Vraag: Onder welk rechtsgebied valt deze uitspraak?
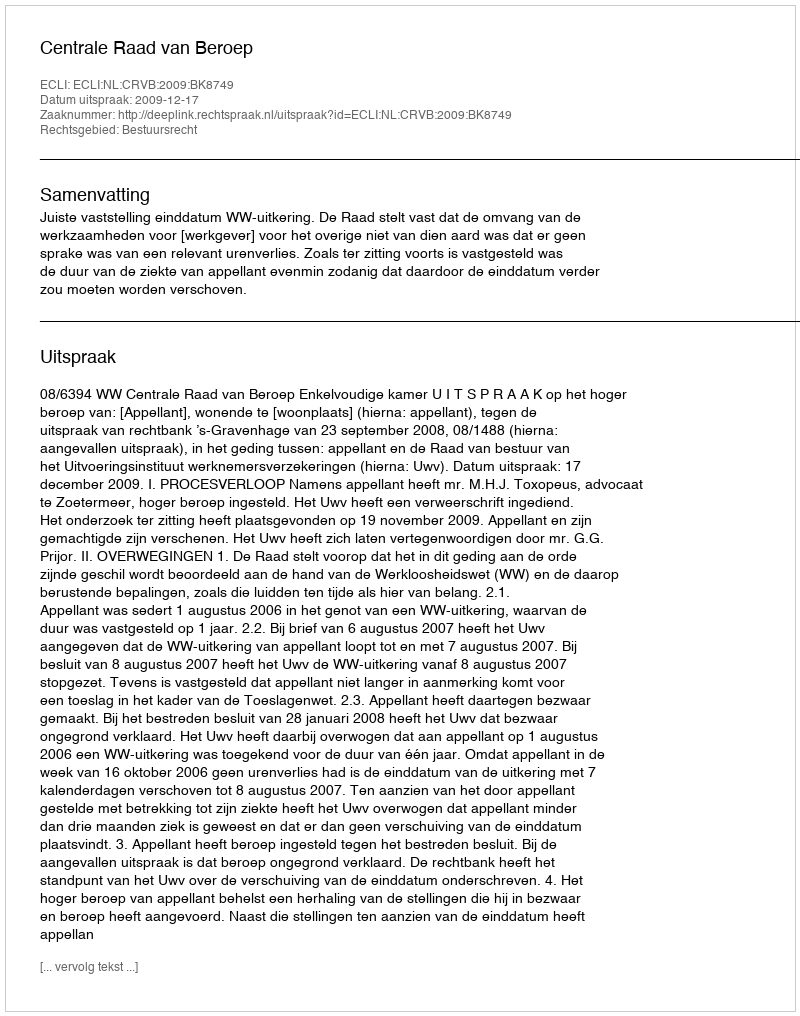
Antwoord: Bestuursrecht